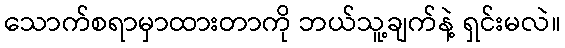
သောက်စရာမှာထားတာကို ဘယ်သူ့ချက်နဲ့ ရှင်းမလဲ။